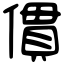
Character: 𠍿